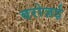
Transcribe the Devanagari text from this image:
बरोज़ई